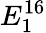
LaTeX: E_{1}^{16}